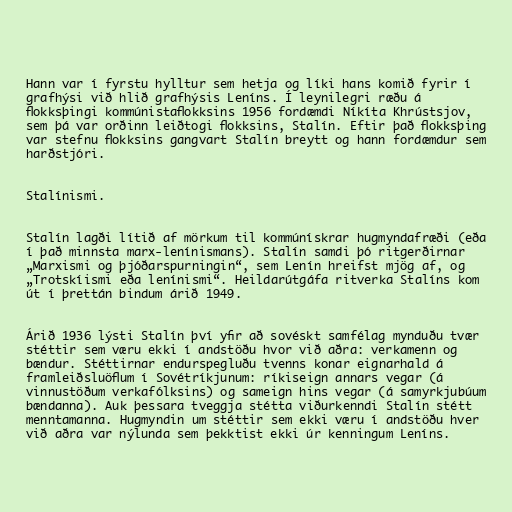
Hann var í fyrstu hylltur sem hetja og líki hans komið fyrir í
grafhýsi við hlið grafhýsis Leníns. Í leynilegri ræðu á
flokksþingi kommúnistaflokksins 1956 fordæmdi Níkíta Khrústsjov,
sem þá var orðinn leiðtogi flokksins, Stalín. Eftir það flokksþing
var stefnu flokksins gangvart Stalín breytt og hann fordæmdur sem
harðstjóri.

Stalínismi.

Stalín lagði lítið af mörkum til kommúnískrar hugmyndafræði (eða
í það minnsta marx-lenínismans). Stalín samdi þó ritgerðirnar
„Marxismi og þjóðarspurningin“, sem Lenín hreifst mjög af, og
„Trotskíismi eða lenínismi“. Heildarútgáfa ritverka Stalíns kom
út í þrettán bindum árið 1949.

Árið 1936 lýsti Stalín því yfir að sovéskt samfélag mynduðu tvær
stéttir sem væru ekki í andstöðu hvor við aðra: verkamenn og
bændur. Stéttirnar endurspegluðu tvenns konar eignarhald á
framleiðsluöflum í Sovétríkjunum: ríkiseign annars vegar (á
vinnustöðum verkafólksins) og sameign hins vegar (á samyrkjubúum
bændanna). Auk þessara tveggja stétta viðurkenndi Stalín stétt
menntamanna. Hugmyndin um stéttir sem ekki væru í andstöðu hver
við aðra var nýlunda sem þekktist ekki úr kenningum Leníns.